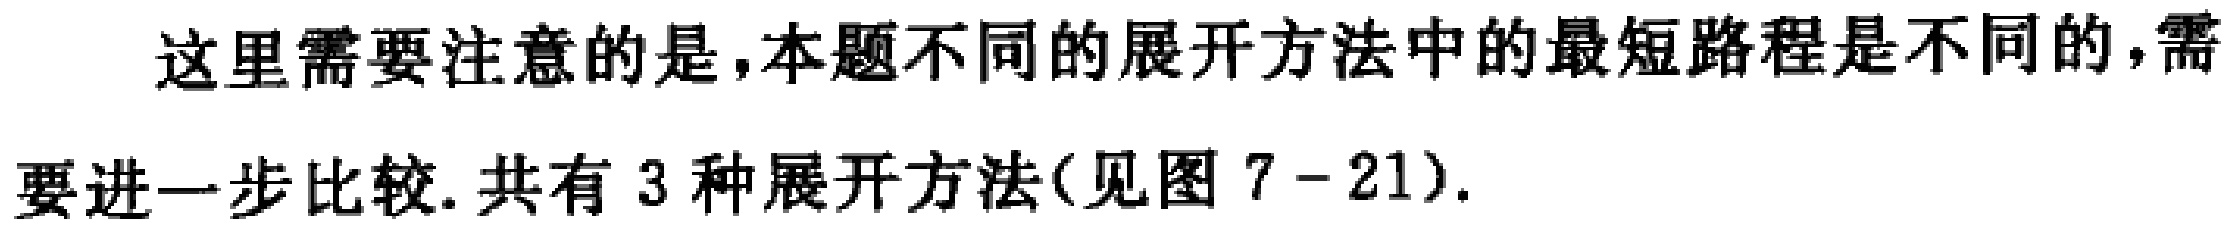
这里需要注意的是,本题不同的展开方法中的最短路程是不同的,需要进一步比较. 共有 3 种展开方法(见图 7 - 21).